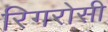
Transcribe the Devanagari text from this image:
रिगरोसी